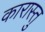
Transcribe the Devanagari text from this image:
कारास्तु